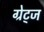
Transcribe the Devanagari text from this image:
ग्रेट्ज